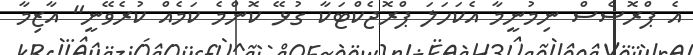
އެ ޕްރޮސެސް ނިމުނީމާ އެކަހަލަ ޕްރޮޖެކްޓަކާ ގުޅޭ ކޮންމެ ކަމެއް ކުރެވޭނީ" އާޒިމާ